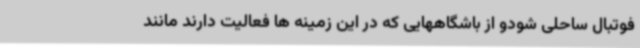
فوتبال ساحلی شودو از باشگاههایی که در این زمینه ها فعالیت دارند مانند